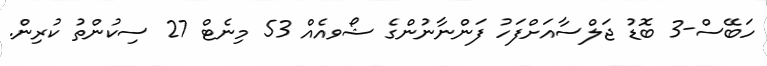
ހަބޭސް-3 ބޮޑު ޖަލްސާއަށްފަހު ފަންނާނުންގެ ޝޯވއެއް 53 މިނެޓް 27 ސިކުންތު ކުރިން.